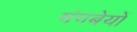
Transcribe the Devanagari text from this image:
मंगबेयों